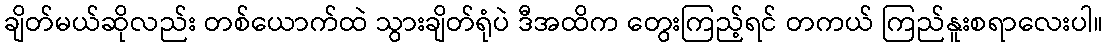
ချိတ်မယ်ဆိုလည်း တစ်ယောက်ထဲ သွားချိတ်ရုံပဲ ဒီအထိက တွေးကြည့်ရင် တကယ် ကြည်နူးစရာလေးပါ။